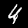
Digit: 4